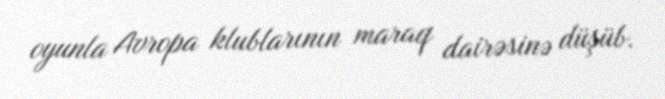
oyunla Avropa klublarının maraq dairəsinə düşüb.